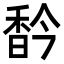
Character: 𩠻